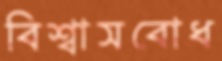
বিশ্বাসবোধ